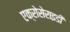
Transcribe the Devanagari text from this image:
एक्रोसेराइडी